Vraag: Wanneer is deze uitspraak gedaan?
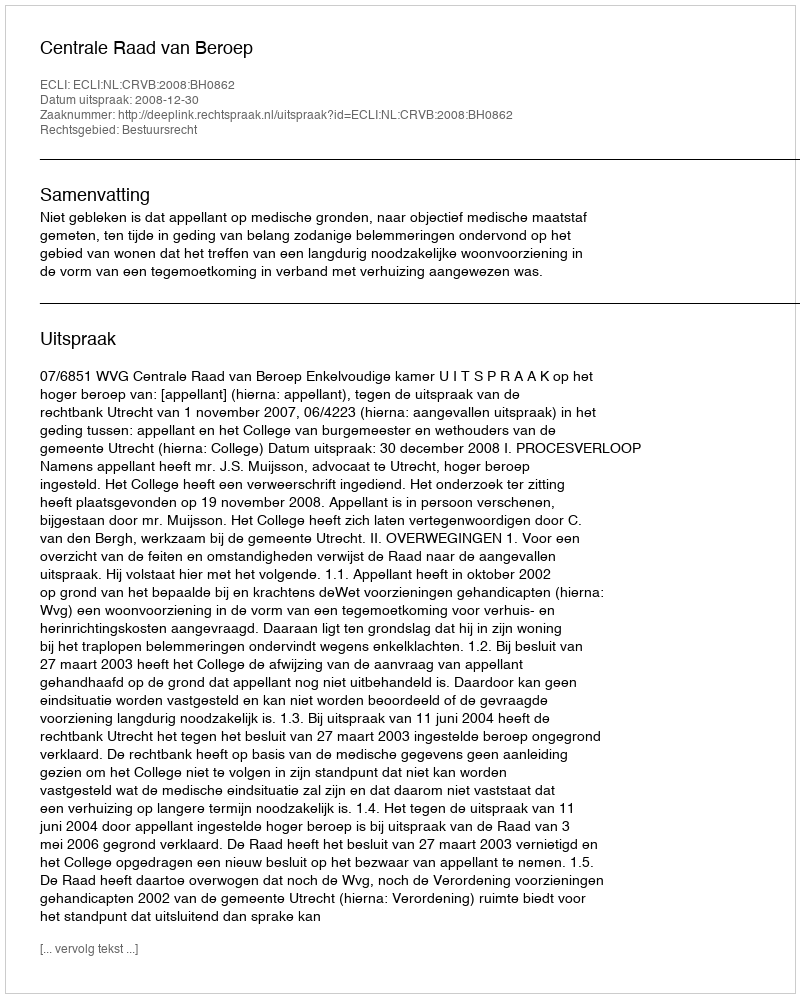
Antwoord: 2008-12-30